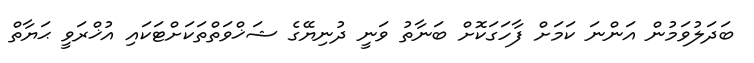
ބަދަލުވަމުން އަންނަ ކަމަށް ފާހަގަކޮށް ބަނާތު ވަނީ ދުނިޔޭގެ ޝަޚްވަތްތަކަށްޓަކައި އުޚްރަވީ ޙަޔާތް